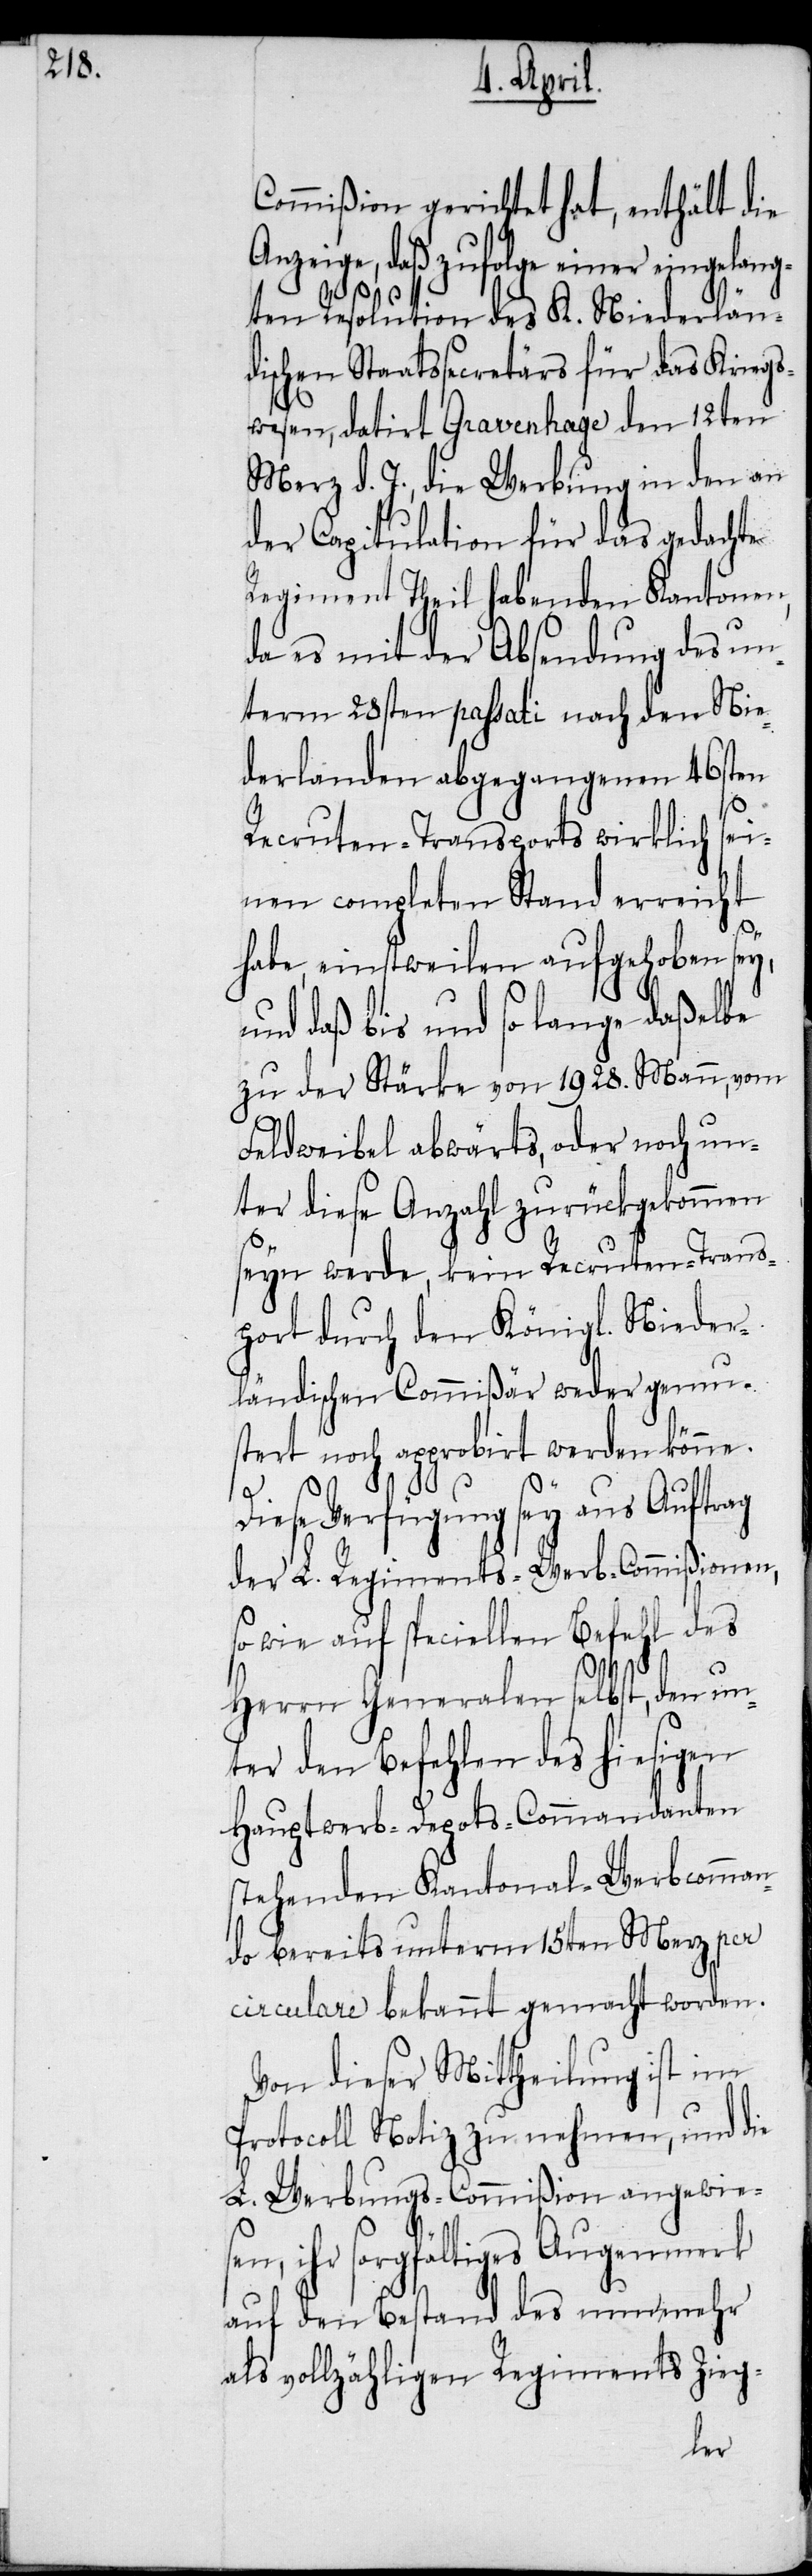
Commißion gerichtet hat, enthält die
Anzeige, daß zufolge einer eingelang¬
ten Resolution des K. Niederlän¬
dischen Staatssecretärs für das Kriegs¬
wesen, datirt Gravenhage den 12ten
Merz d. J., die Werbung in den an
der Capitulation für das gedachte
Regiment Theil habenden Kantonen,
da es mit der Absendung des un¬
term 28sten passati nach den Nie¬
derlanden abgegangenen 46sten
sen,
Recruten-Transports wirklich
nen completen Stand erreicht
habe, einstweilen aufgehoben sey,
und daß bis und so lange daßelbe
zu der Stärke von 1928. Mann, vom
Feldweibel abwärts, oder noch un¬
ter diese Anzahl zurückgekommen
seyn werde, kein Recruten-Trans¬
port durch den Königl. Nieder¬
ländischen Commißär weder gemu¬
stert noch approbirt werden könne.
Diese Verfügung sey aus Auftrag
der L. Regiments-Werb-Commißionen,
so wie auf speciellen Befehl des
Herrn Generalen selbst, den un¬
ter den Befehlen des hiesigen
Hauptwerb-Depots-Commandanten
stehenden Kantonal-Werbcomman¬
do bereits unterm 15ten Merz per
circulare bekannt gemacht worden.
Von dieser Mittheilung ist im
Protocoll Notiz zu nehmen, und die
L. Werbungs-Commißion angewie¬
ihr sorgfältiges Augenmerk
auf den Bestand des nunmehr
als vollzähligen Regiments Zieg-